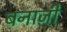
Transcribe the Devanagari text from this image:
बनाजी